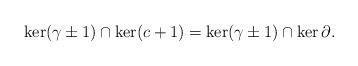
LaTeX: \begin{align*} \ker (\gamma \pm 1) \cap \ker (c + 1) = \ker (\gamma \pm 1) \cap \ker \partial. \end{align*}